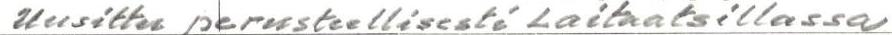
Uusittu perusteellisesti Laitaatsillassa